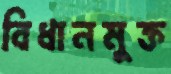
বিধানমুক্ত